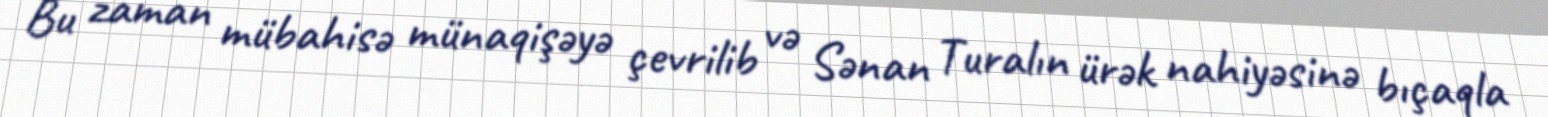
Bu zaman mübahisə münaqişəyə çevrilib və Sənan Turalın ürək nahiyəsinə bıçaqla